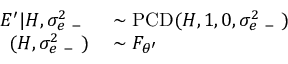
\begin{array} { r l } { E ^ { \prime } | H , \sigma _ { e \mathrm { ~ - ~ } } ^ { 2 } } & { { } \sim \operatorname { P C D } ( H , 1 , 0 , \sigma _ { e \mathrm { ~ - ~ } } ^ { 2 } ) } \\ { ( H , \sigma _ { e \mathrm { ~ - ~ } } ^ { 2 } ) } & { { } \sim F _ { \theta ^ { \prime } } } \end{array}